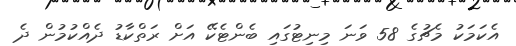
އެކަމަކު މެޗުގެ 58 ވަނަ މިނިޓުގައި ބެންޓެކޭ އަށް ރަތްކާޑު ދެއްކުމުން ދެ